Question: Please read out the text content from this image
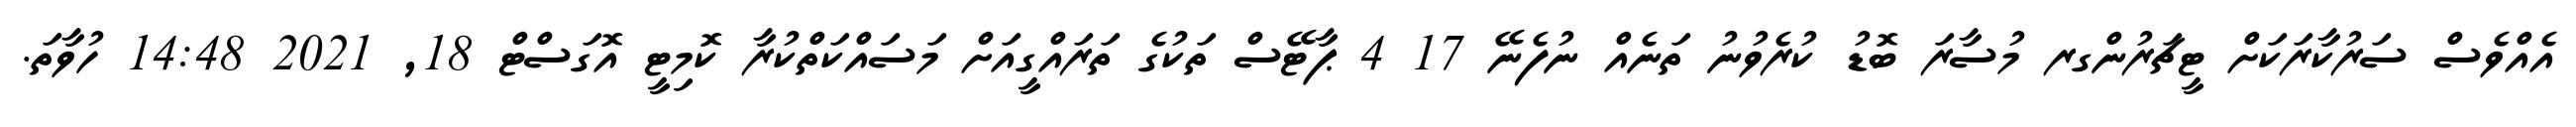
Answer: އެއްވެސް ސަރުކާރަކަށް ޓީޗަރުންގރ މުސާރަ ބޮޑު ކުރެވުނު ތަނެއް ނުފެނޭ 17 4 ޕާޓޭސް ތަކުގެ ތަރައްގީއަށް މަސައްކަތްކުރާ ކޮމިޓީ އޮގަސްޓް 18, 2021 14:48 ހުވާތަ.